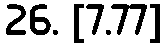
26. [7.77]